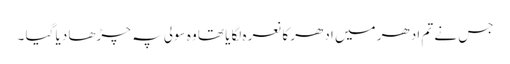
جس نے تم ادھر میں ادھر کا نعرہ لگایا تھا وہ سولی پہ چڑھا دیا گیا ۔